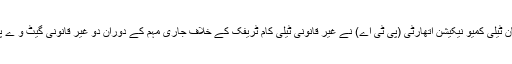
ر)پاکستان ٹیلی کمیو نیکیشن اتھارٹی (پی ٹی اے) نے غیر قانونی ٹیلی کام ٹریفک کے خلاف جاری مہم کے دوران دو غیر قانونی گیٹ و ے پکڑ لیے۔